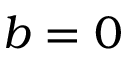
b = 0